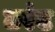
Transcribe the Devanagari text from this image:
टरंट